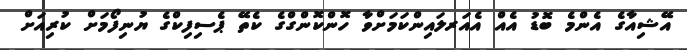
އޭޝިއާގެ އެންމެ ބޮޑު އެއް އެއަރލައިންކަމަށްވާ ހޮންކޮންގްގެ ކެތޭ ޕެސިފިކްގެ ޔުނިފޯމަށް ކުރިއަށް